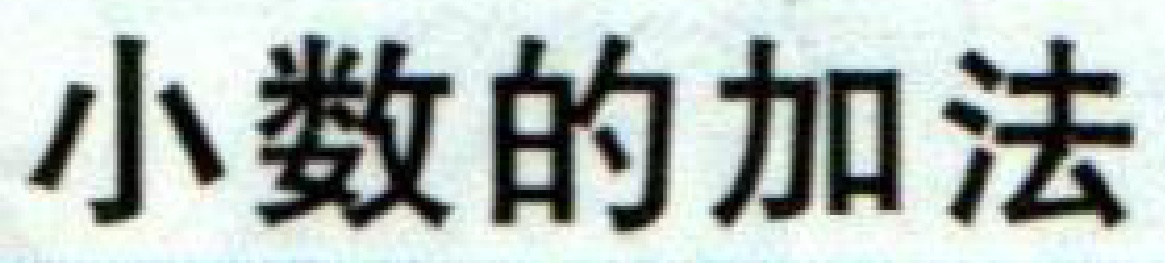
小数的加法